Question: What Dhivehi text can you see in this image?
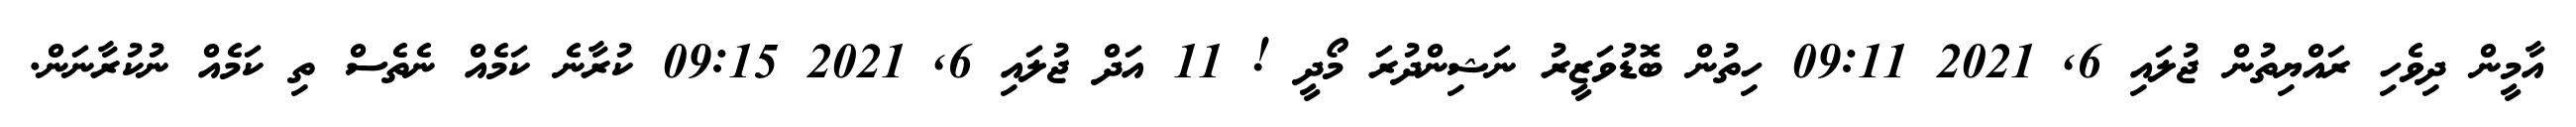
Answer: އާމީން ދިވެހި ރައްޔިތުން ޖުލައި 6, 2021 09:11 ހިތުން ބޮޑުވަޒީރު ނަޝިންދުރަ މޯދީ ! 11 އަދް ޖުލައި 6, 2021 09:15 ކުރާނެ ކަމެއް ނެތެސް ތި ކަމެއް ނުކުރާނަން.